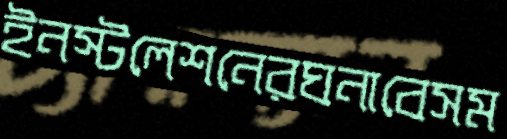
ইনস্টলেশনেরঘনাবেসম